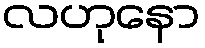
လဟုနော